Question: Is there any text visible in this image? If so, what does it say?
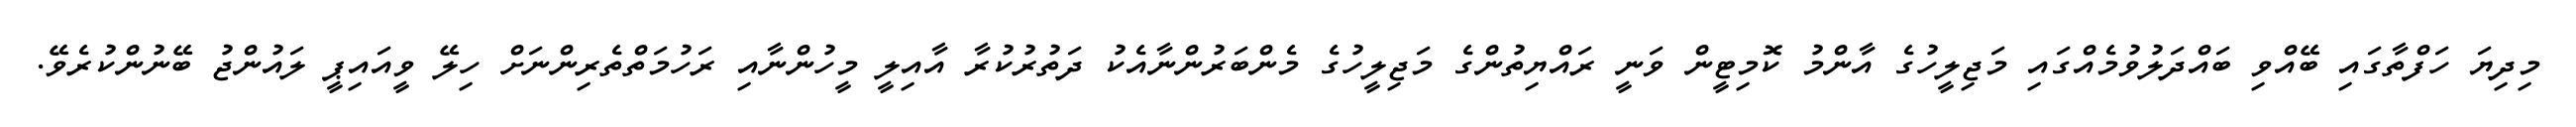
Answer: މިދިޔަ ހަފްތާގައި ބޭއްވި ބައްދަލުވުމެއްގައި މަޖިލީހުގެ އާންމު ކޮމިޓީން ވަނީ ރައްޔިތުންގެ މަޖިލީހުގެ މެންބަރުންނާއެކު ދަތުރުކުރާ އާއިލީ މީހުންނާއި ރަހުމަތްތެރިންނަށް ހިލޭ ވީއައިޕީ ލައުންޖު ބޭނުންކުރެވޭ.